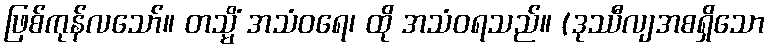
ဖြစ်ကုန်လသော်။ တသ္မိံ အသံဝရေ၊ ထို အသံဝရသည်။ (ဒုဿီလျအစရှိသော